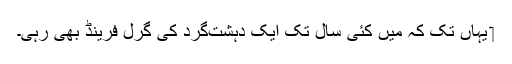
‏ یہاں تک کہ مَیں کئی سال تک ایک دہشت‌گرد کی گرل فرینڈ بھی رہی۔